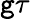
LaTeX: \mathtt{g}\tau